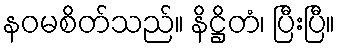
နဝမစိတ်သည်။ နိဋ္ဌိတံ၊ ပြီးပြီ။